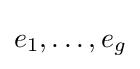
e_{1},\ldots ,e_{g}